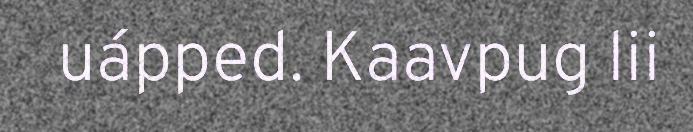
uápped. Kaavpug lii